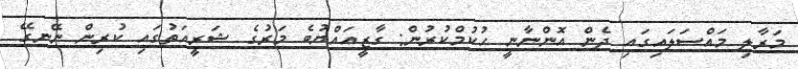
މަރާލި މައްސަލައިގައި ދެން އޮންނާނީ ހުކުމްކުރުން: ގާޒީއައްޔުބެ މަރުގެ ޝަރީއަތުގައި ކުރިން ނޭނގޭ